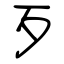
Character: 歹